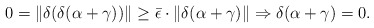
\begin{align*}0=\|\delta(\delta(\alpha+\gamma))\| \geq \bar \epsilon \cdot \|\delta(\alpha+\gamma)\| \Rightarrow \delta(\alpha+\gamma)=0.\end{align*}